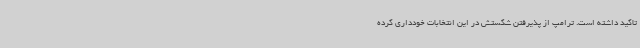
تاکید داشته است. ترامپ از پذیرفتن شکستش در این انتخابات خودداری کرده